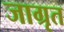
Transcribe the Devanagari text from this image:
जाग्रृत